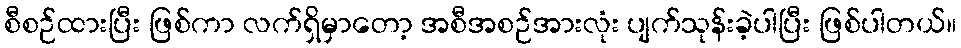
စီစဉ်ထားပြီး ဖြစ်ကာ လက်ရှိမှာတော့ အစီအစဉ်အားလုံး ပျက်သုန်းခဲ့ပါပြီး ဖြစ်ပါတယ်။